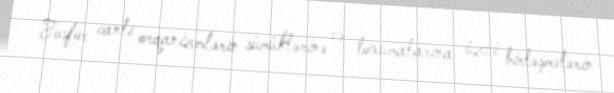
Fosfor canlı orqanizmlərin sümüklərinə və toxumalarına üzvi birləşmələrin